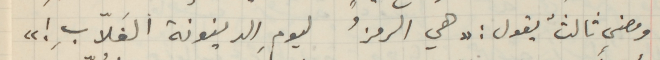
ومضى ثالثٌ يقول: " هي الرمزُ ليومِ الدينونة الغَلاّبِ !"